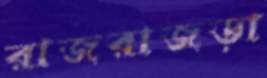
রাজরাজড়া